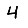
Digit: 4